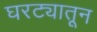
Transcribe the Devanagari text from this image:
घरट्यातून